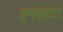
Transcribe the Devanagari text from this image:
एमसाटा